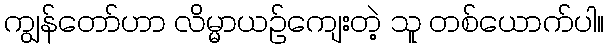
ကျွန်တော်ဟာ လိမ္မာယဉ်ကျေးတဲ့ သူ တစ်ယောက်ပါ။